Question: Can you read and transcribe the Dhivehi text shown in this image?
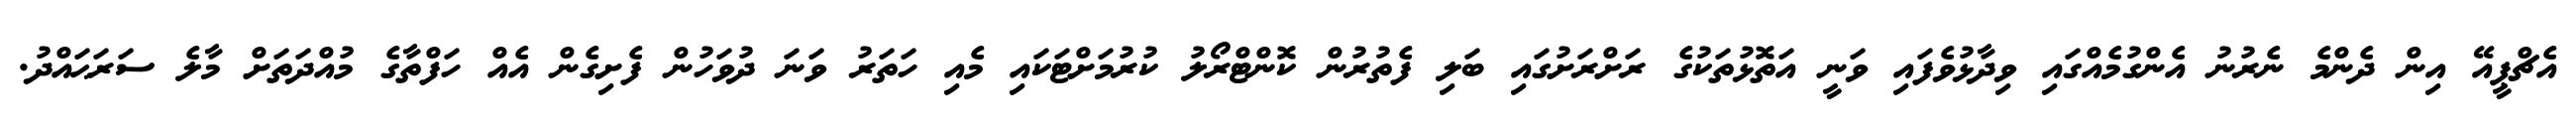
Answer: އެޗްޕީއޭ އިން ދެންމެ ނެރުނު އެންގުމެއްގައި ވިދާޅުވެފައި ވަނީ އަތޮޅުތަކުގެ ރަށްރަށުގައި ބަލި ފެތުރުން ކޮންޓްރޯލު ކުރުމަށްޓަކައި މެއި ހަތަރު ވަނަ ދުވަހުން ފެށިގެން އެއް ހަފްތާގެ މުއްދަތަށް މާލެ ސަރަޙައްދު.